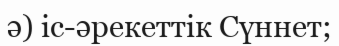
ә) іс-әрекеттік Сүннет;